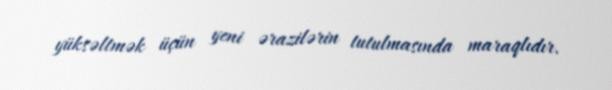
yüksəltmək üçün yeni ərazilərin tutulmasında maraqlıdır.